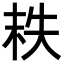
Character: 𡘮